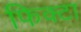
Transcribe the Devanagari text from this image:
फिक्टा